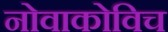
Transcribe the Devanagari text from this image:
नोवाकोविच